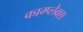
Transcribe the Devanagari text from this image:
काम्‍प्‍लेक्स